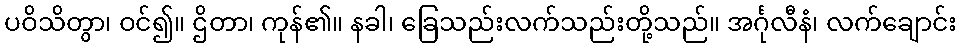
ပဝိသိတွာ၊ ဝင်၍။ ဌိတာ၊ ကုန်၏။ နခါ၊ ခြေသည်းလက်သည်းတို့သည်။ အင်္ဂုလီနံ၊ လက်ချောင်း